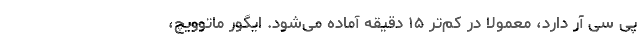
پی سی آر دارد، معمولا در کم‌تر ۱۵ دقیقه آماده می‌شود. ایگور ماتوویچ،